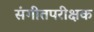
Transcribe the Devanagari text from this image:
संगीतपरीक्षक